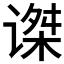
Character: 𰵼